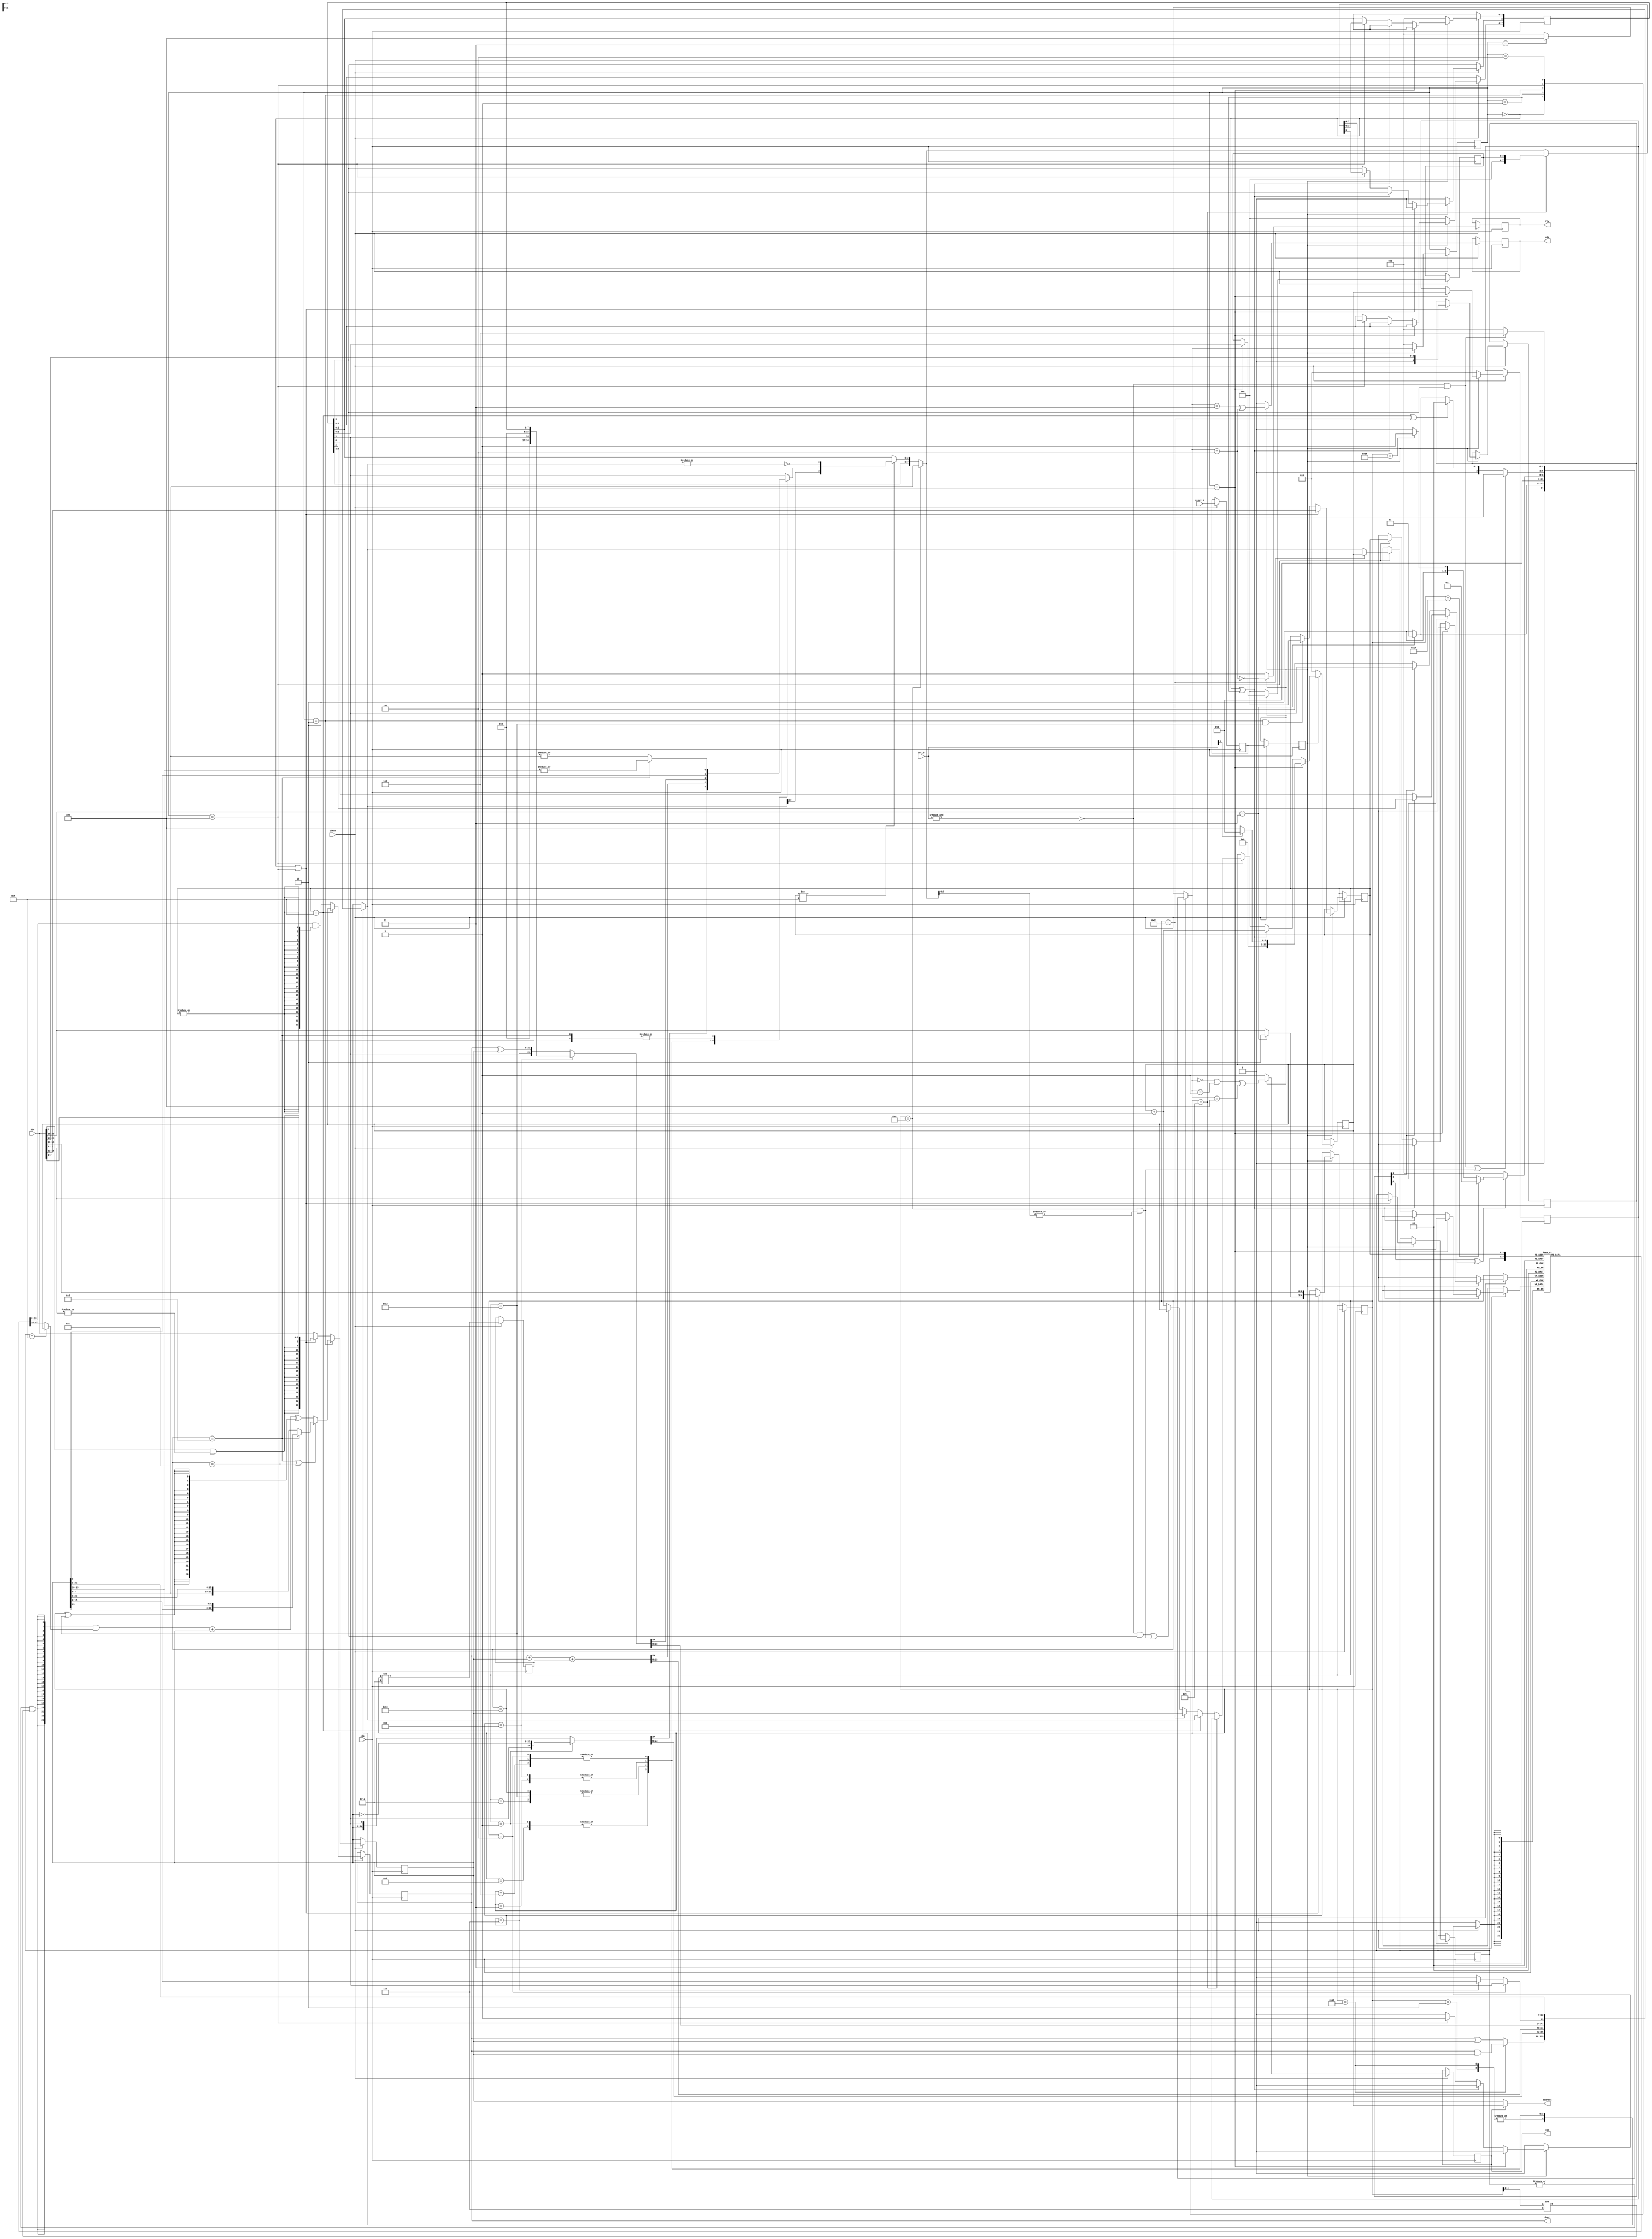
module opc8cpu(input[23:0] din,input clk,input reset_b,input[1:0] int_b,input clken,output vpa,output vda,output[23:0] dout,output[23:0] address,output rnw);
  parameter HALT=5'h00,NOT=5'h01,OR=5'h02,XOR=5'h03,BPERM=5'h04,ROR=5'h05,LSR=5'h06,ASR=5'h07,ROL=5'h08,RTI=5'h09,PPSR=5'h0A,GPSR=5'h0B;
  parameter BROR=5'h0C, BROL=5'h0D,MOV=5'h10,JSR=5'h11,CMP=5'h12,SUB=5'h13,ADD=5'h14,AND=5'h15,STO=5'h16,LD=5'h17;
  parameter FET=3'h0,FET1=3'h1,EAD=3'h2,RDM=3'h3,EXEC=3'h4,WRM=3'h5,INT=3'h6,EI=3,S=2,C=1,Z=0,INT_VECTOR0=24'h2,INT_VECTOR1=24'h4;
  reg [7:0]   PSR_q; (* RAM_STYLE="DISTRIBUTED" *)
  reg [23:0]  PC_q,PCI_q, RF_q[14:0], RF_pipe_q, OR_q, result; 
  reg [4:0]   IR_q;
  reg [3:0]   swiid,PSRI_q,dst_q,src_q, pred_q;
  reg [2:0]   FSM_q, FSM_d;
  reg         zero,carry,sign,enable_int,reset_s0_b,reset_s1_b,subnotadd_q, rnw_q, vpa_q, vda_q;
  wire        pred         = (pred_q[0] ^ (pred_q[1]?(pred_q[2]?PSR_q[S]:PSR_q[Z]):(pred_q[2]?PSR_q[C]:1)));
  wire [23:0] RF_sout      = {24{(|src_q)&&IR_q[4:2]!=3'b111}} & ((src_q==4'hF)? PC_q : RF_q[src_q]);
  wire [23:0] bytes        = (IR_q==BROL)?{OR_q[15:0],OR_q[23:16]}:{OR_q[7:0],OR_q[23:8]};
  assign {rnw,dout,address}= {rnw_q, RF_pipe_q, (vpa_q)? PC_q : OR_q};
  assign {vpa,vda}         = {vpa_q, vda_q};  
  always @( * ) begin
    case (IR_q)
      AND,OR      :{carry,result} = {PSR_q[C],(IR_q==AND)?(RF_pipe_q & OR_q):(RF_pipe_q | OR_q)};
      ROL,NOT     :{carry,result} = (IR_q==NOT)? {PSR_q[C], ~OR_q} : {OR_q, PSR_q[C]};      
      ADD,SUB,CMP :{carry,result} = RF_pipe_q + OR_q + subnotadd_q; // OR_q negated in EAD if required for sub/cmp
      XOR,GPSR    :{carry,result} = (IR_q==GPSR)?{PSR_q[C],8'b0,PSR_q}:{PSR_q[C],RF_pipe_q ^ OR_q};
      ROR,ASR,LSR :{result,carry} = {(IR_q==ROR)?PSR_q[C]:(IR_q==ASR)?OR_q[23]:1'b0,OR_q};
      BROL,BROR   :{carry,result} = { (IR_q==BROL)? (|OR_q[23:16]): (|OR_q[7:0]), OR_q};
      default     :{carry,result} = {PSR_q[C],OR_q} ;
    endcase // case ( IR_q )
    {swiid,enable_int,sign,carry,zero} = (IR_q==PPSR)?OR_q[7:0]:(dst_q!=4'hF)?{PSR_q[7:3],result[23],carry,!(|result)}:PSR_q;
    case (FSM_q)
      FET    : FSM_d = (din[20:19]==2'b11)? FET1 : EAD;
      FET1   : FSM_d = EAD; // Could check predicates here to speed up skipped double word instructions     
      EAD    : FSM_d = (!pred) ? FET : (IR_q==LD) ? RDM : (IR_q==STO) ? WRM : EXEC;
      EXEC   : FSM_d = ((!(&int_b) & PSR_q[EI])||(IR_q==PPSR&&(|swiid)))?INT:(dst_q==4'hF||IR_q==JSR)?FET:(din[20:19]==2'b11)?FET1:EAD;
      WRM    : FSM_d = (!(&int_b) & PSR_q[EI])?INT:FET;
      default: FSM_d = (FSM_q==RDM)? EXEC : FET;
    endcase
  end // always @ ( * )
  always @(posedge clk)
    if (clken) begin
      RF_pipe_q <= (dst_q==4'hF)? PC_q : RF_q[dst_q] & {24{(|dst_q)}};
      // Sign extension on short immediates only if source field==0 being done on reading memory - may move this to EAD state...
      OR_q <= (FSM_q==EAD)?(IR_q==BROL||IR_q==BROR)? bytes: ((RF_sout+OR_q)^{24{(IR_q==SUB||IR_q==CMP)}}):(FSM_q==FET||FSM_q==EXEC)?{{16{(din[7]&(|din[11:8]))}}, din[7:0]}:din;
      {reset_s0_b,reset_s1_b, subnotadd_q} <= {reset_b,reset_s0_b, IR_q!=ADD};
      if (!reset_s1_b) begin
        {PC_q,PCI_q,PSRI_q,PSR_q,FSM_q,vda_q} <= 0;
        {rnw_q, vpa_q} <= 2'b11;        
      end      
      else begin
        {FSM_q, rnw_q} <= {FSM_d, !(FSM_d==WRM) } ;
        {vpa_q, vda_q} <= {FSM_d==FET||FSM_d==FET1||FSM_d==EXEC,FSM_d==RDM||FSM_d==WRM};        
        if ((FSM_q==FET)||(FSM_q==EXEC))
          {pred_q, IR_q, dst_q, src_q} <= { din[23:21],(din[20:19]==2'b11)?2'b10: din[20:19], din[18:8]}; // Alias 'long' opcodes to short equivalent 
        else if (FSM_q==EAD & IR_q==CMP )
          dst_q <= 4'b0; // Zero dest address after reading it in EAD for CMP operations
        if ( FSM_q == INT )
          {PC_q,PCI_q,PSRI_q,PSR_q[EI]} <= {(!int_b[1])?INT_VECTOR1:INT_VECTOR0,PC_q,PSR_q[3:0],1'b0};
        else if (FSM_q==FET||FSM_q==FET1)
          PC_q  <= PC_q + 1;
        else if ( FSM_q == EXEC) begin
          PC_q <= (IR_q==RTI)?PCI_q: (dst_q==4'hF) ? result[23:0] : (IR_q==JSR)?OR_q:((!(&int_b)&&PSR_q[EI])||(IR_q==PPSR&&(|swiid)))?PC_q:PC_q + 1;
          PSR_q <= (IR_q==RTI)?{4'b0,PSRI_q}:{swiid,enable_int,sign,carry,zero};
          RF_q[dst_q] <= (IR_q==JSR)? PC_q : result ;          
        end
      end
    end
endmodule